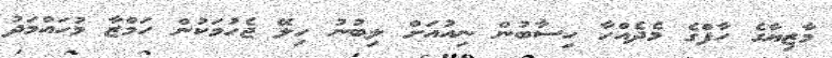
މާޒިޔާގެ ހާފްގެ މެދެއްހާ ހިސާބުން ނިއުއަށް ލިބުނު ހިލޭ ޖެހުމަކުން ހަމްޒާ މުހައްމަދު